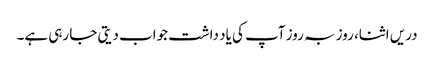
دریں اثنا، روز بہ روز آپ کی یاد داشت جواب دیتی جا رہی ہے۔